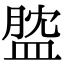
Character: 𥁺